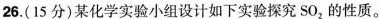
26.(15分)某化学实验小组设计如下实验探究SO_{2}的性质。